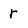
Character: r